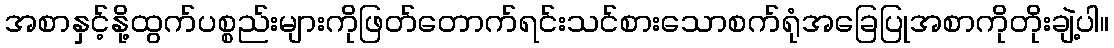
အစာနှင့်နို့ထွက်ပစ္စည်းများကိုဖြတ်တောက်ရင်းသင်စားသောစက်ရုံအခြေပြုအစာကိုတိုးချဲ့ပါ။